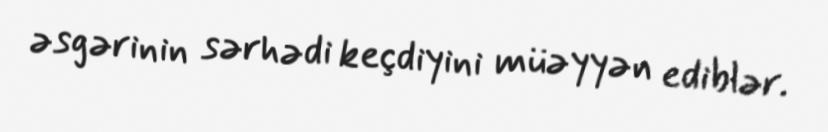
əsgərinin sərhədi keçdiyini müəyyən ediblər.